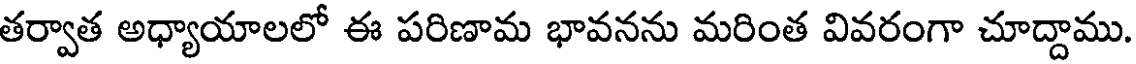
తర్వాత అధ్యాయాలలో ఈ పరిణామ భావనను మరింత వివరంగా చూద్దాము.